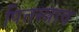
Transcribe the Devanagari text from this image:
पित्तस्त्राव